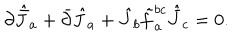
\partial \hat { \bar { J } } _ { a } + \bar { \partial } \hat { J } _ { a } + \hat { J } _ { b } \tilde { f } _ { a } ^ { b c } \hat { \bar { J } } _ { c } = 0 .